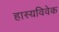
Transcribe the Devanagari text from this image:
हास्यविवेक